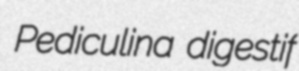
Pediculina digestif